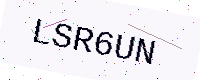
Text: LSR6UN